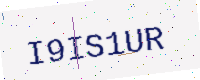
Text: I9IS1UR